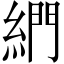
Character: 𦁺